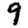
Digit: 9